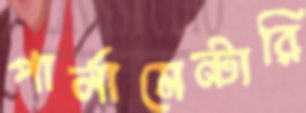
পার্লামেন্টারি